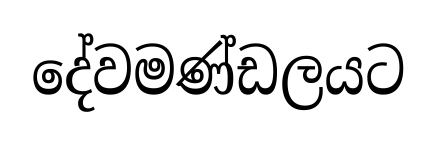
දේවමණ්ඩලයට